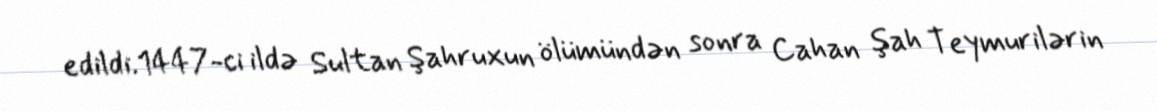
edildi.1447-ci ildə Sultan Şahruxun ölümündən sonra Cahan şah Teymurilərin